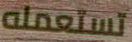
تستعمله